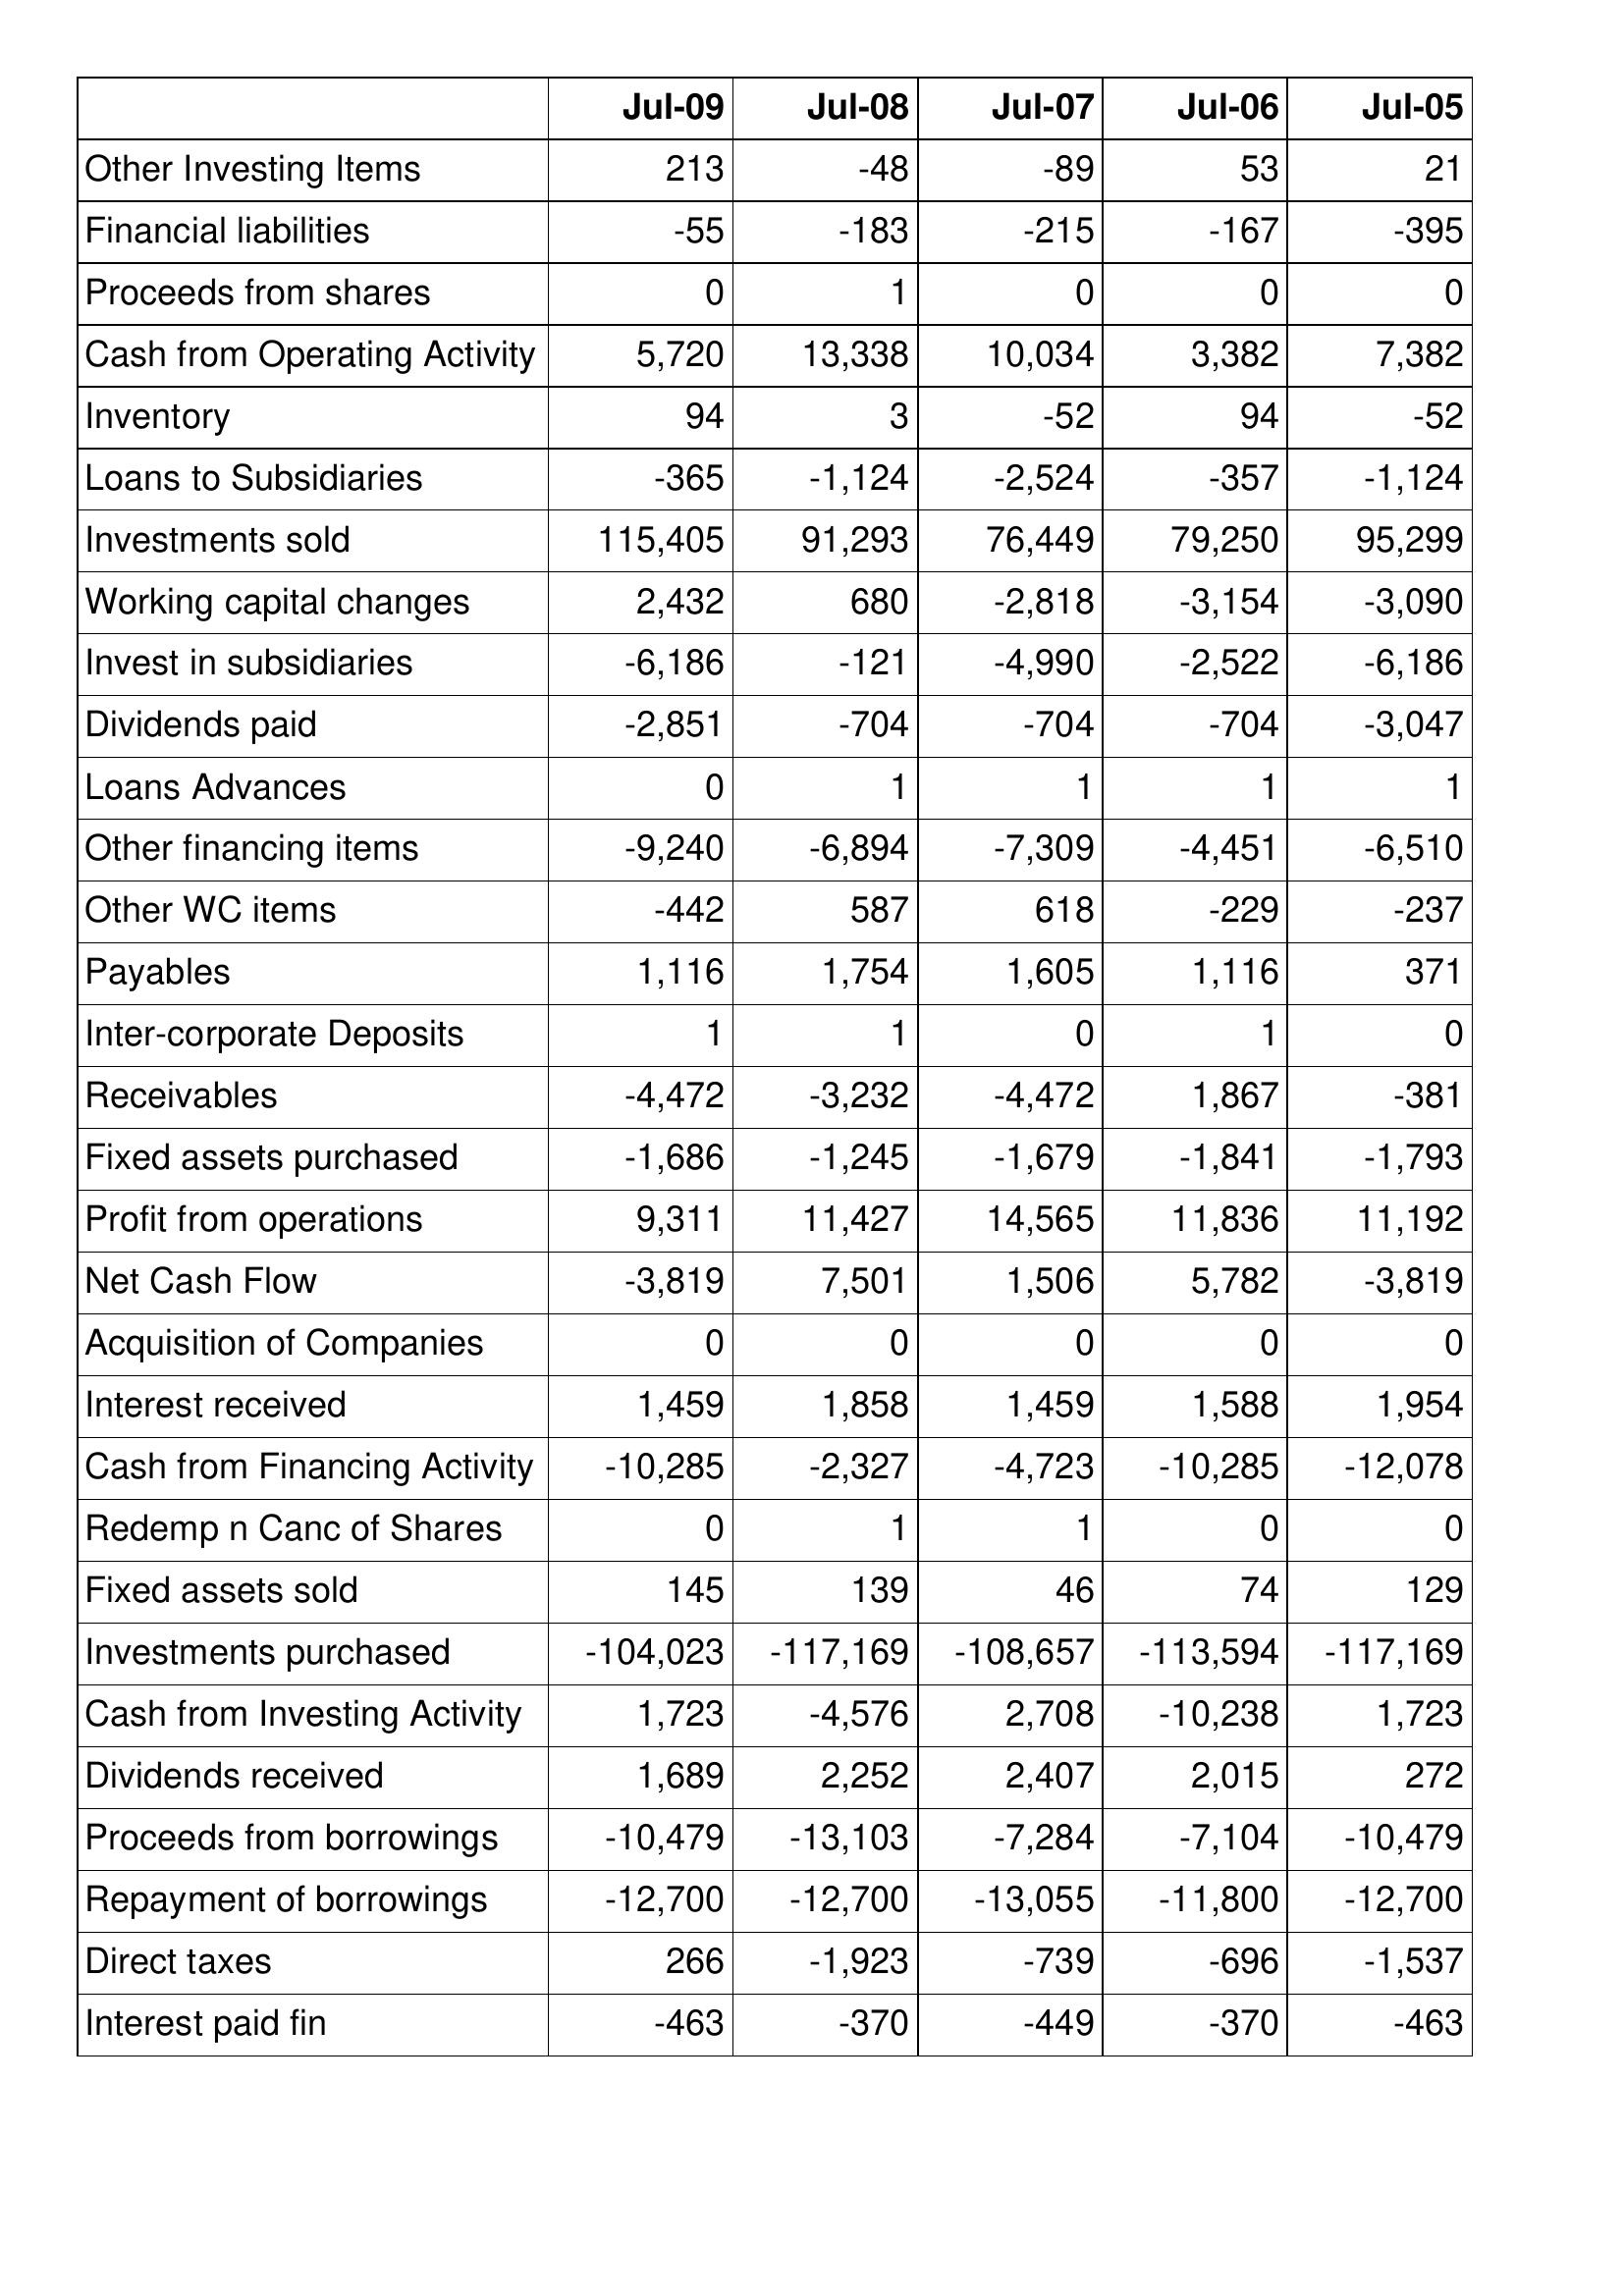
Jul-09: Cash Flows: Other Investing Items: 213
Financial liabilities: -55
Proceeds from shares: 0
Cash from Operating Activity: 5,720
Inventory: 94
Loans to Subsidiaries: -365
Investments sold: 115,405
Working capital changes: 2,432
Invest in subsidiaries: -6,186
Dividends paid: -2,851
Loans Advances: 0
Other financing items: -9,240
Other WC items: -442
Payables: 1,116
Inter-corporate Deposits: 1
Receivables: -4,472
Fixed assets purchased: -1,686
Profit from operations: 9,311
Net Cash Flow: -3,819
Acquisition of Companies: 0
Interest received: 1,459
Cash from Financing Activity: -10,285
Redemp n Canc of Shares: 0
Fixed assets sold: 145
Investments purchased: -104,023
Cash from Investing Activity: 1,723
Dividends received: 1,689
Proceeds from borrowings: -10,479
Repayment of borrowings: -12,700
Direct taxes: 266
Interest paid fin: -463
Jul-08: Cash Flows: Other Investing Items: -48
Financial liabilities: -183
Proceeds from shares: 1
Cash from Operating Activity: 13,338
Inventory: 3
Loans to Subsidiaries: -1,124
Investments sold: 91,293
Working capital changes: 680
Invest in subsidiaries: -121
Dividends paid: -704
Loans Advances: 1
Other financing items: -6,894
Other WC items: 587
Payables: 1,754
Inter-corporate Deposits: 1
Receivables: -3,232
Fixed assets purchased: -1,245
Profit from operations: 11,427
Net Cash Flow: 7,501
Acquisition of Companies: 0
Interest received: 1,858
Cash from Financing Activity: -2,327
Redemp n Canc of Shares: 1
Fixed assets sold: 139
Investments purchased: -117,169
Cash from Investing Activity: -4,576
Dividends received: 2,252
Proceeds from borrowings: -13,103
Repayment of borrowings: -12,700
Direct taxes: -1,923
Interest paid fin: -370
Jul-07: Cash Flows: Other Investing Items: -89
Financial liabilities: -215
Proceeds from shares: 0
Cash from Operating Activity: 10,034
Inventory: -52
Loans to Subsidiaries: -2,524
Investments sold: 76,449
Working capital changes: -2,818
Invest in subsidiaries: -4,990
Dividends paid: -704
Loans Advances: 1
Other financing items: -7,309
Other WC items: 618
Payables: 1,605
Inter-corporate Deposits: 0
Receivables: -4,472
Fixed assets purchased: -1,679
Profit from operations: 14,565
Net Cash Flow: 1,506
Acquisition of Companies: 0
Interest received: 1,459
Cash from Financing Activity: -4,723
Redemp n Canc of Shares: 1
Fixed assets sold: 46
Investments purchased: -108,657
Cash from Investing Activity: 2,708
Dividends received: 2,407
Proceeds from borrowings: -7,284
Repayment of borrowings: -13,055
Direct taxes: -739
Interest paid fin: -449
Jul-06: Cash Flows: Other Investing Items: 53
Financial liabilities: -167
Proceeds from shares: 0
Cash from Operating Activity: 3,382
Inventory: 94
Loans to Subsidiaries: -357
Investments sold: 79,250
Working capital changes: -3,154
Invest in subsidiaries: -2,522
Dividends paid: -704
Loans Advances: 1
Other financing items: -4,451
Other WC items: -229
Payables: 1,116
Inter-corporate Deposits: 1
Receivables: 1,867
Fixed assets purchased: -1,841
Profit from operations: 11,836
Net Cash Flow: 5,782
Acquisition of Companies: 0
Interest received: 1,588
Cash from Financing Activity: -10,285
Redemp n Canc of Shares: 0
Fixed assets sold: 74
Investments purchased: -113,594
Cash from Investing Activity: -10,238
Dividends received: 2,015
Proceeds from borrowings: -7,104
Repayment of borrowings: -11,800
Direct taxes: -696
Interest paid fin: -370
Jul-05: Cash Flows: Other Investing Items: 21
Financial liabilities: -395
Proceeds from shares: 0
Cash from Operating Activity: 7,382
Inventory: -52
Loans to Subsidiaries: -1,124
Investments sold: 95,299
Working capital changes: -3,090
Invest in subsidiaries: -6,186
Dividends paid: -3,047
Loans Advances: 1
Other financing items: -6,510
Other WC items: -237
Payables: 371
Inter-corporate Deposits: 0
Receivables: -381
Fixed assets purchased: -1,793
Profit from operations: 11,192
Net Cash Flow: -3,819
Acquisition of Companies: 0
Interest received: 1,954
Cash from Financing Activity: -12,078
Redemp n Canc of Shares: 0
Fixed assets sold: 129
Investments purchased: -117,169
Cash from Investing Activity: 1,723
Dividends received: 272
Proceeds from borrowings: -10,479
Repayment of borrowings: -12,700
Direct taxes: -1,537
Interest paid fin: -463